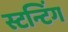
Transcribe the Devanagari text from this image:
स्टन्टिंग